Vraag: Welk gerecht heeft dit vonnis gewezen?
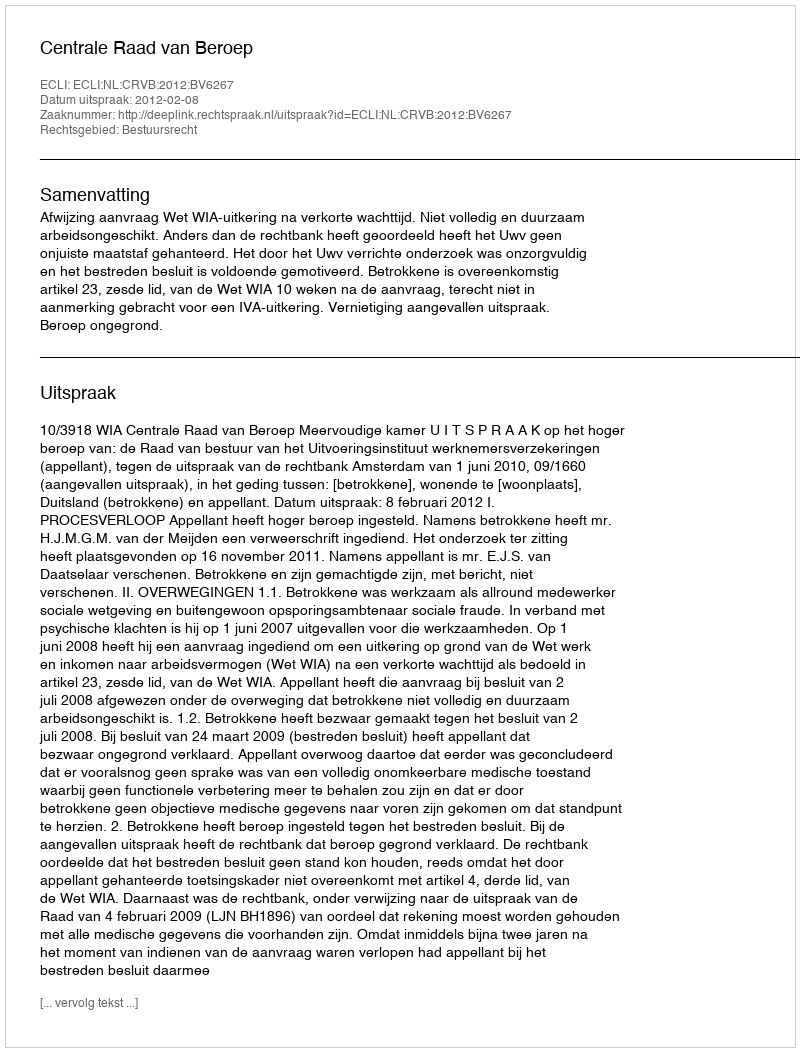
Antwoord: Centrale Raad van Beroep